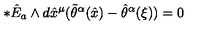
* \hat { E } _ { a } \wedge d \hat { x } ^ { \mu } ( \tilde { \theta } ^ { { \alpha } } ( \hat { x } ) - \hat { \theta } ^ { { \alpha } } ( \xi ) ) = 0